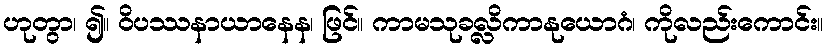
ဟုတွာ၊ ၍။ ဝိပဿနာယာနေန၊ ဖြင်။ ကာမသုခလ္လိကာနုယောဂံ၊ ကိုလည်းကောင်း။